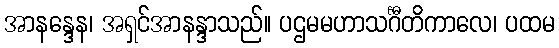
အာနန္ဒေန၊ အရှင်အာနန္ဒာသည်။ ပဌမမဟာသင်္ဂီတိကာလေ၊ ပထမ